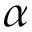
\alpha